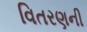
વિતરણની